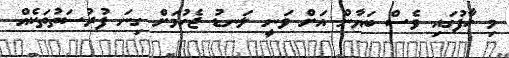
މި ހާފުގައި ވެސް ބަޔާން އަށް ވަނީ ލަނޑު ޖެހުމަށް ގިނަ ފުރުސަތުތަކެއް